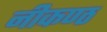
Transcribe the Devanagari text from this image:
नीकण्ठ